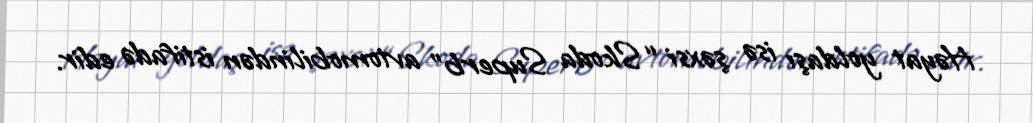
Həyat yoldaşı isə şəxsi “Skoda Superb” avtomobilindən istifadə edir.